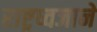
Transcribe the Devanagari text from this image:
राष्ट्रध्वजाने